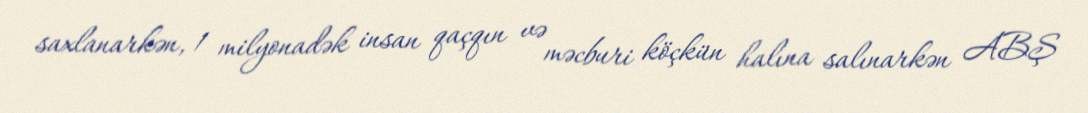
saxlanarkən, 1 milyonadək insan qaçqın və məcburi köçkün halına salınarkən ABŞ